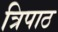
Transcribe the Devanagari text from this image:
त्रिपाठ